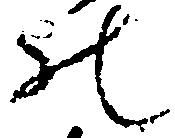
の